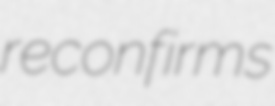
reconfirms